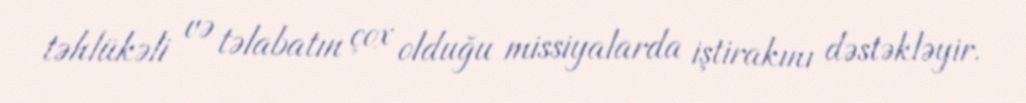
təhlükəli və təlabatın çox olduğu missiyalarda iştirakını dəstəkləyir.